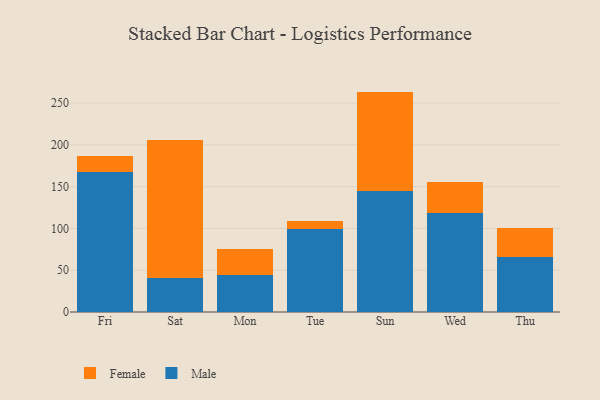
{"axis": {"x": "Day", "y": "Customer Acquisition Cost (USD)"}, "legend": ["Female", "Male"], "data": [{"x": "Fri", "y": 168.1, "type": "Male"}, {"x": "Fri", "y": 19.1, "type": "Female"}, {"x": "Sat", "y": 40.6, "type": "Male"}, {"x": "Sat", "y": 165.0, "type": "Female"}, {"x": "Mon", "y": 43.9, "type": "Male"}, {"x": "Mon", "y": 31.8, "type": "Female"}, {"x": "Tue", "y": 99.5, "type": "Male"}, {"x": "Tue", "y": 8.9, "type": "Female"}, {"x": "Sun", "y": 144.4, "type": "Male"}, {"x": "Sun", "y": 119.4, "type": "Female"}, {"x": "Wed", "y": 118.2, "type": "Male"}, {"x": "Wed", "y": 37.4, "type": "Female"}, {"x": "Thu", "y": 65.4, "type": "Male"}, {"x": "Thu", "y": 35.3, "type": "Female"}]}